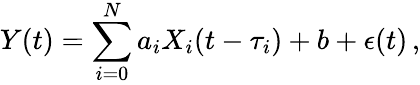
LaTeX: Y(t)=\sum_{i=0}^{N}a_{i}X_{i}(t-\tau_{i})+b+\epsilon(t)\, ,